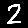
Digit: 2